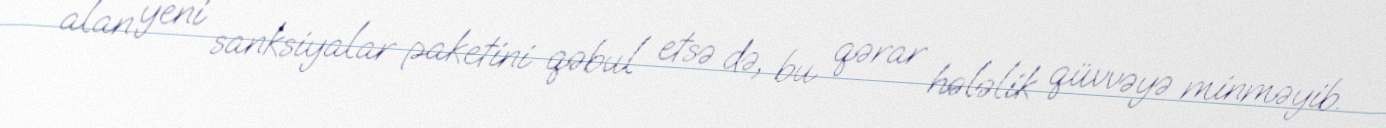
alan yeni sanksiyalar paketini qəbul etsə də, bu qərar hələlik qüvvəyə minməyib.